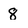
Character: 8